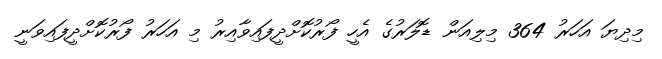
މިދިޔަ އަހަރު 364 މިލިއަން ޑޮލަރުގެ އެހީ ފޯރުކޮށްދީފައިވާއިރު މި އަހަރު ފޯރުކޮށްދީފައިވަނީ